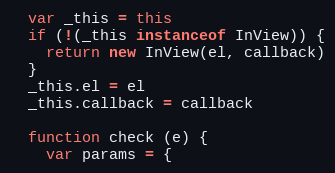
Language: JavaScript
  var _this = this
  if (!(_this instanceof InView)) {
    return new InView(el, callback)
  }
  _this.el = el
  _this.callback = callback

  function check (e) {
    var params = {